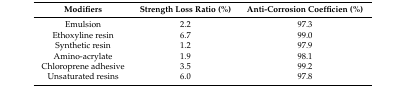
| Modifiers | Strength Loss Ratio (%) | Anti-Corrosion Coefficien (%) |
 | --- | --- | --- |
 | Emulsion | 2.2 | 97.3 |
 | Ethoxyline resin | 6.7 | 99.0 |
 | Synthetic resin | 1.2 | 97.9 |
 | Amino-acrylate | 1.9 | 98.1 |
 | Chloroprene adhesive | 3.5 | 99.2 |
 | Unsaturated resins | 6.0 | 97.8 |